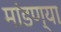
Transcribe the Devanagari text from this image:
मांडण्या